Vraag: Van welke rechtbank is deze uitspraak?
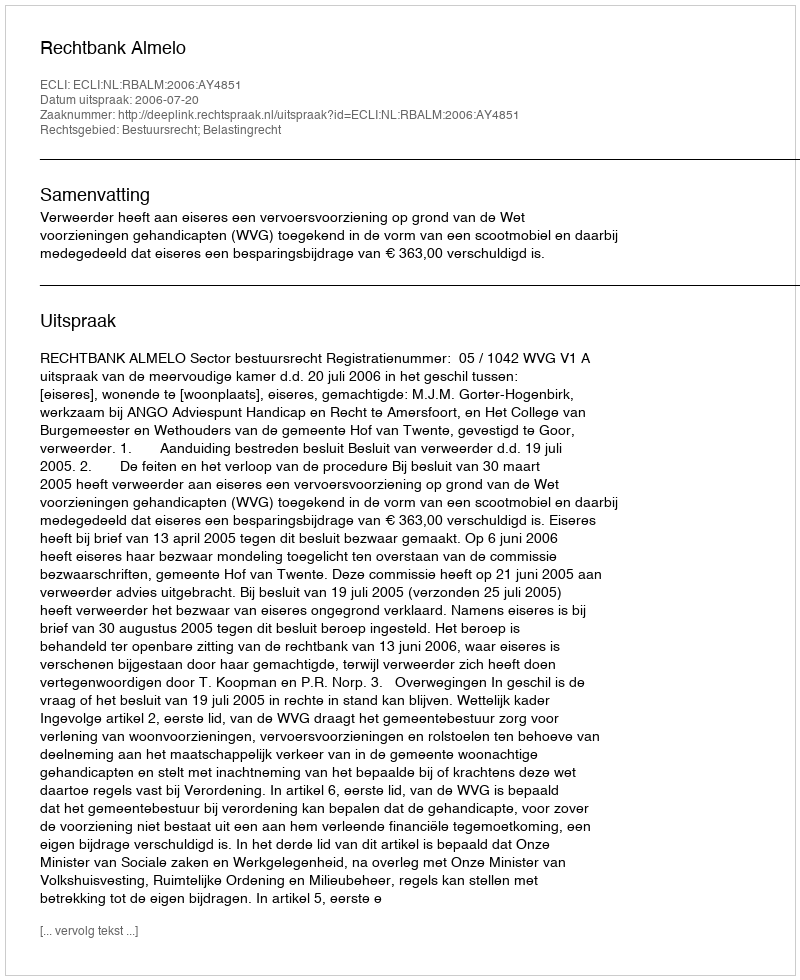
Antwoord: Rechtbank Almelo